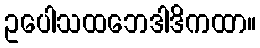
ဥပေါသထဘေဒါဒိကထာ။